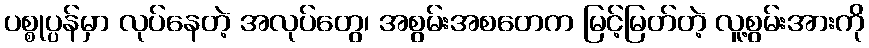
ပစ္စုပ္ပန်မှာ လုပ်နေတဲ့ အလုပ်တွေ၊ အစွမ်းအစတေက မြင့်မြတ်တဲ့ လူ့စွမ်းအားကို